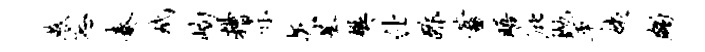
燕忘凑玳峋糟示矢基樊仕酢蓄晤庇抛平姨蠲